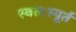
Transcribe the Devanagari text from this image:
स्वतःस्पूर्त